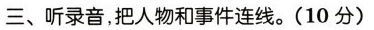
三、听录音，把人物和事件连线。(10分)